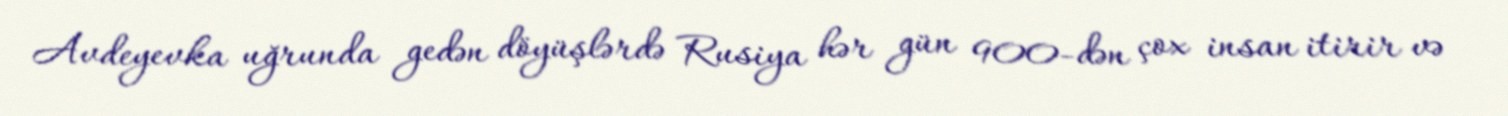
Avdeyevka uğrunda gedən döyüşlərdə Rusiya hər gün 900-dən çox insan itirir və